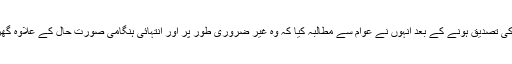
ملک میں 92 اموات کی تصدیق ہونے کے بعد انہوں نے عوام سے مطالبہ کیا کہ وہ غیر ضروری طور پر اور انتہائی ہنگامی صورت حال کے علاوہ گھروں سے باہر نہ آئیں۔